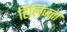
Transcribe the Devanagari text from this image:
हिलिज्ज़ा